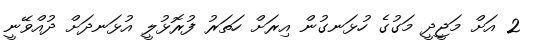
2 އަށް މަޖީދީ މަގުގެ ހުޅަނގުން އިރަށް ހަތަރު ފުރޮޅުލީ އުޅަނދަށް ދުއްވޭނީ